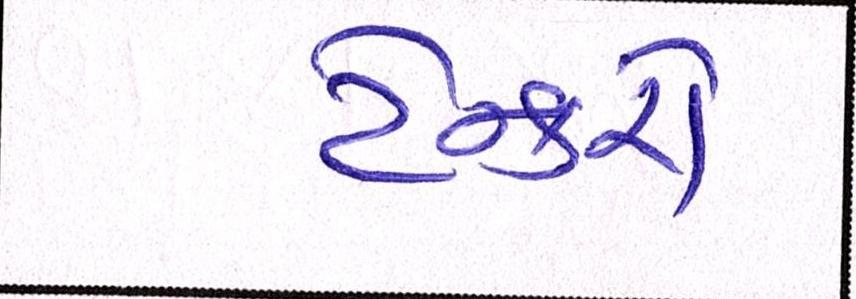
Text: ટેન્કરો